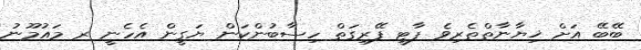
ބޭބޭ އަށް ޚިޔާނާތްތެރިވެ ޕާޓީ ފޭރިގަތް ހިސާބުންކަން ޔަގީން އެހެނީ ރ މައުމޫނު